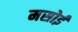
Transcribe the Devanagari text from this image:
मसोई